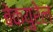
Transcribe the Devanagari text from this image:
बेक्युरेल